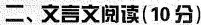
二、文言文阅读(10分)